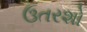
ઉતરશો